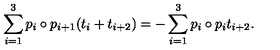
\sum _ { i = 1 } ^ { 3 } p _ { i } \circ p _ { i + 1 } ( t _ { i } + t _ { i + 2 } ) = - \sum _ { i = 1 } ^ { 3 } p _ { i } \circ p _ { i } t _ { i + 2 } .